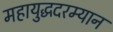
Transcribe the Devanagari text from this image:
महायुद्धदरम्यान